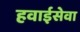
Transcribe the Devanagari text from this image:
हवाईसेवा